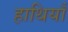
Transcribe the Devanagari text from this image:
हाथियाँ